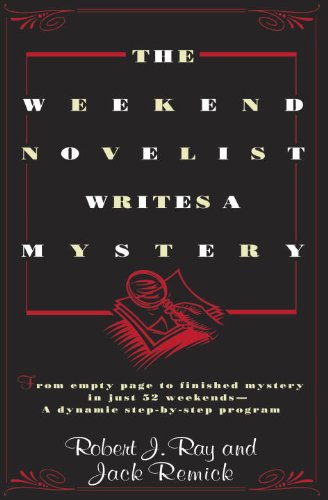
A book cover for The Weekend Novelist Writes a Mystery; Robert J. Ray; Mystery, Thriller & Suspense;